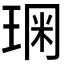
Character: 𰢂